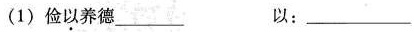
(1)俭以养德_______ 以：_____